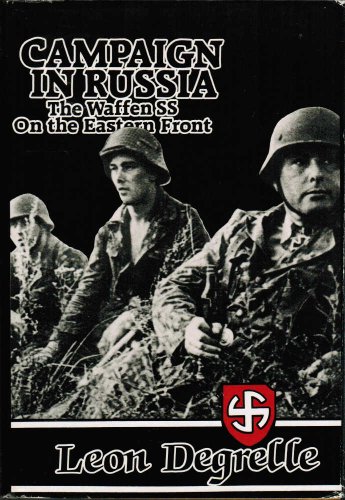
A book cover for Campaign in Russia: The Waffen SS on the Eastern Front; Leon Degrelle; History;